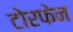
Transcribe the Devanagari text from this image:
टोरफेन